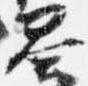
答